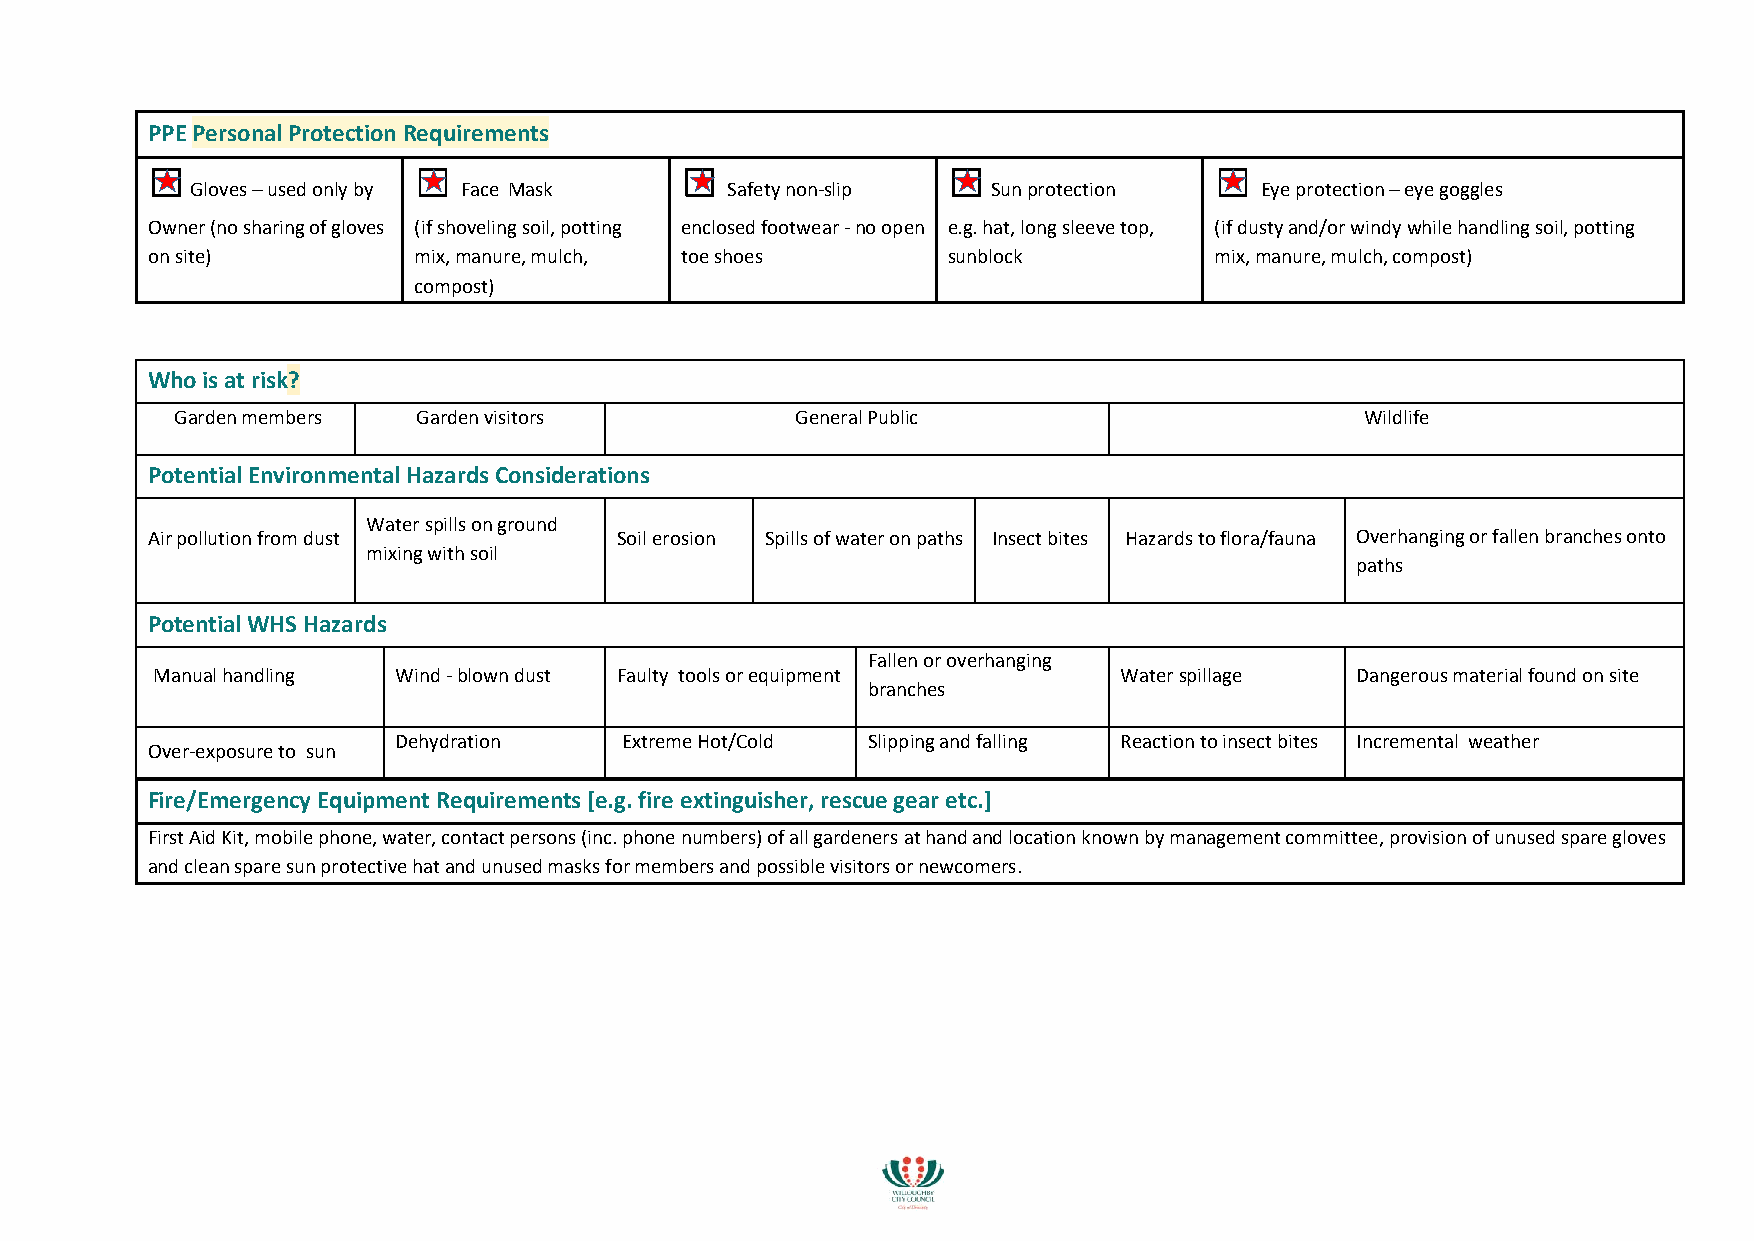
PPE Personal Protection Requirements
 ☐                ☐                 ☐                 ☐                ☐
 Gloves – used only by Face Mask    Safety non-slip   Sun protection   Eye protection – eye goggles
 Owner (no sharing of gloves (if shoveling soil, potting enclosed footwear - no open e.g. hat, long sleeve top, (if dusty and/or windy while handling soil, potting
 on site)         mix, manure, mulch, toe shoes       sunblock         mix, manure, mulch, compost)
 compost)
 Who is at risk?
 Garden members  Garden visitors          General Public                       Wildlife
 Potential Environmental Hazards Considerations
 Water spills on ground
 Air pollution from dust        Soil erosion Spills of water on paths Insect bites Hazards to flora/fauna Overhanging or fallen branches onto
 mixing with soil
 paths
 Potential WHS Hazards
 Fallen or overhanging
 Manual handling Wind - blown dust Faulty tools or equipment     Water spillage  Dangerous material found on site
 branches
 Dehydration    Extreme Hot/Cold Slipping and falling Reaction to insect bites Incremental weather
 Over-exposure to sun
 Fire/Emergency Equipment Requirements [e.g. fire extinguisher, rescue gear etc.]
 First Aid Kit, mobile phone, water, contact persons (inc. phone numbers) of all gardeners at hand and location known by management committee, provision of unused spare gloves
 and clean spare sun protective hat and unused masks for members and possible visitors or newcomers.